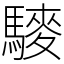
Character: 䮮